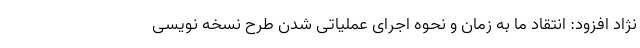
نژاد افزود: انتقاد ما به زمان و نحوه اجرای عملیاتی شدن طرح نسخه نویسی